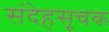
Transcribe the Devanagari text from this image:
संदेहसूचक